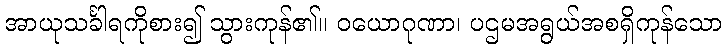
အာယုသင်္ခါရကိုစား၍ သွားကုန်၏။ ဝယောဂုဏာ၊ ပဌမအရွယ်အစရှိကုန်သော